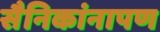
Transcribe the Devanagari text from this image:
सैनिकांनापण